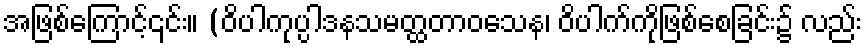
အဖြစ်ကြောင့်၎င်း။ (ဝိပါကုပ္ပါဒနသမတ္ထတာဝသေန၊ ဝိပါက်ကိုဖြစ်စေခြင်း၌ လည်း